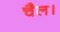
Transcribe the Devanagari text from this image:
चैल।